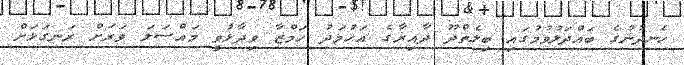
ހެނދުނުގެ ބައްދަލުވުމުގައި ބިލެތްދޫ ދާއިރާގެ އަހުމަދު ހަމްޒާ ވިދާޅުވީ މައްސަލަ ވަރަށް ރަނގަޅަށް